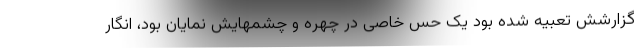
گزارشش تعبیه شده بود یک حس خاصی در چهره و چشمهایش نمایان بود، انگار